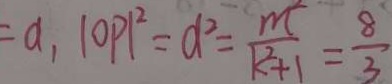
= a , \vert O P \vert ^ { 2 } = d ^ { 2 } = \frac { m ^ { 2 } } { k ^ { 2 } + 1 } = \frac { 8 } { 3 }